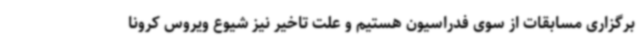
برگزاری مسابقات از سوی فدراسیون هستیم و علت تاخیر نیز شیوع ویروس کرونا